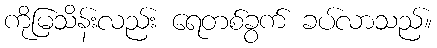
ကိုမြသိန်းလည်း ရေတစ်ခွက် ခပ်လာသည်။